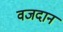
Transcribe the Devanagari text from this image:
वजदान